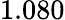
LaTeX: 1.080